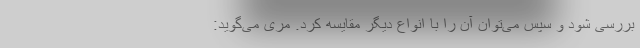
بررسی شود و سپس می‌توان آن را با انواع دیگر مقایسه کرد. مری می‌گوید: